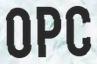
OPC